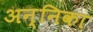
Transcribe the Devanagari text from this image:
अन्निका